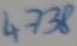
Text: 4738